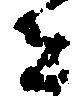
者